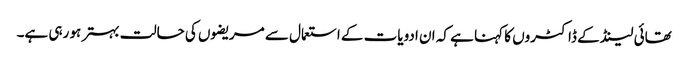
تھائی لینڈ کے ڈاکٹروں کا کہنا ہے کہ ان ادویات کے استعمال سے مریضوں کی حالت بہتر ہو رہی ہے۔